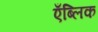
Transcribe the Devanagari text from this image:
एँब्लिक